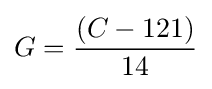
G={\frac {\left(C-121\right)}{14}}